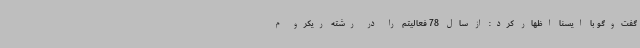
گفت‌وگو با ایسنا اظهار کرد:‌ از سال 78 فعالیتم را در رشته ریکرو م